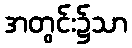
အတွင်း၌သာ